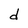
Character: d